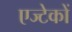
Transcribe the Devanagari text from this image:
एज्टेकों